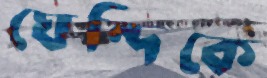
ঘেন্দিকে